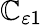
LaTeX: \mathbb{C}_{\varepsilon1}